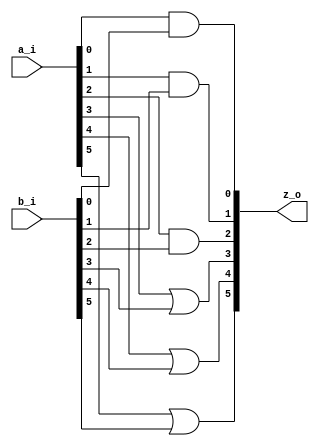
module yosys_genblk_scoping #(
                                parameter WIDTH = 6
                                )
    (
     input [WIDTH-1:0]  a_i,
     input [WIDTH-1:0]  b_i,

     output [WIDTH-1:0] z_o
     );

    genvar g;

    generate
        for (g = 0; g < WIDTH; g = g + 1) begin
            if(g > 2) begin//: blk_true
                wire tmp;

                assign tmp    = a_i[g] || b_i[g];
                assign z_o[g] = tmp;
            end
            else begin
                assign z_o[g] = a_i[g] && b_i[g];
            end
        end
    endgenerate

endmodule